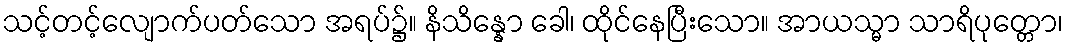
သင့်တင့်လျောက်ပတ်သော အရပ်၌။ နိသိန္နော ခေါ၊ ထိုင်နေပြီးသော။ အာယသ္မာ သာရိပုတ္တော၊